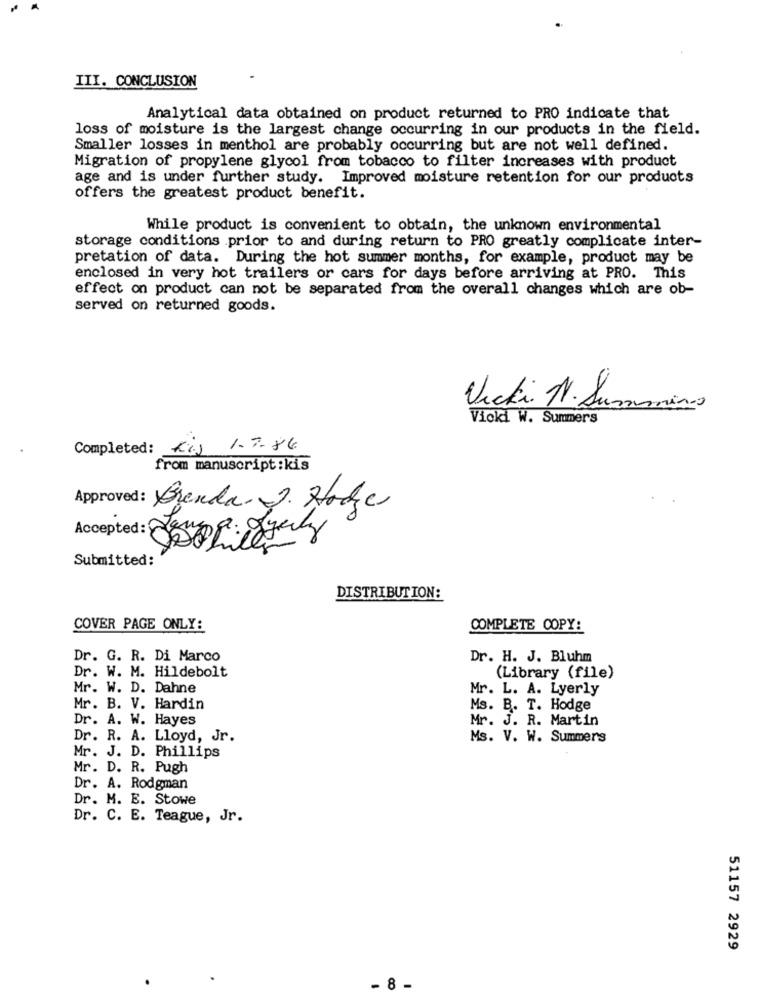
III. CONCLUSION
Analytical data obtained on product returned to PRO indicate that
loss of moisture is the largest change occurring in our products in the field.
Smaller losses in menthol are probably occurring but are not well defined.
Migration of propylene glycol from tobacco to filter increases with product
age and is under further study. Improved moisture retention for our products
offers the greatest product benefit.
While product is convenient to obtain, the unknown environmental
storage conditions .prior to and during return to PRO greatly complicate inter-
pretation of data. During the hot summer months, for example, product may be
enclosed in very hot trailers or cars for days before arriving at PRO. This
effect on product can not be separated from the overall changes which are ob-
served on returned goods.
Vicki. N. Summinas
Vicki W. Summers
Completed:
Kis
1.7.86
from manuscript:kis
Approved: Brenda 2. Hode
Accepted :
Submitted:
DISTRIBUTION:
COVER PAGE ONLY:
COMPLETE COPY:
Dr. G. R. Di Marco
Dr. H. J. Bluhm
Dr. W. M. Hildebolt
(Library (file)
Mr. W. D. Dahne
Mr. L. A. Lyerly
Mr. B. V. Hardin
Ms. B. T. Hodge
Dr. A. W. Hayes
Mr. J. R. Martin
Dr. R. A. Lloyd, Jr.
Ms. V. W. Summers
Mr. J. D. Phillips
Mr. D. R. Pugh
Dr. A. Rodgman
Dr. M. E. Stowe
Dr. C. E. Teague, Jr.
51157 2929
- 8 -